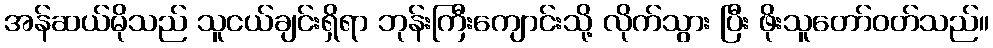
အန်ဆယ်မိုသည် သူငယ်ချင်းရှိရာ ဘုန်းကြီးကျောင်းသို့ လိုက်သွား ပြီး ဖိုးသူတော်ဝတ်သည်။